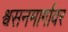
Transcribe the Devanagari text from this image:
श्वसनमार्गावर